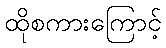
ထိုစကားကြောင့်